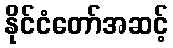
နိုင်ငံတော်အဆင့်